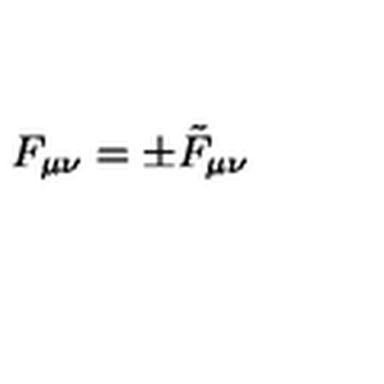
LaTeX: F _ { \mu \nu } = \pm \tilde { F } _ { \mu \nu }